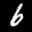
Label: 6